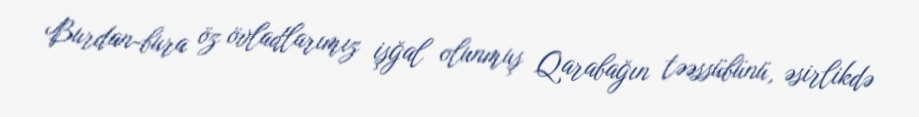
Burdan-bura öz övladlarımız işğal olunmuş Qarabağın təəssübünü, əsirlikdə